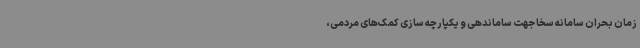
زمان بحران سامانه سخا جهت ساماندهی و یکپارچه سازی کمک‌های مردمی،